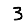
Digit: 3